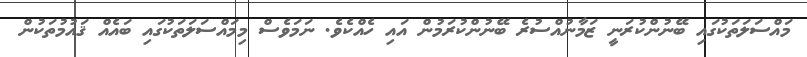
މައްސަލަތަކުގައި ބޭނުންކުރަނީ ޒަމާނުއްސުރެ ބޭނުންކުރަމުން އައި ހެއްކެވެ. ނަމަވެސް މިމައްސަލަތަކުގައި ބައެއް ޤައުމުތަކުން